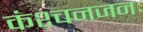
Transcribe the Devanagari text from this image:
कंश्चनजनः